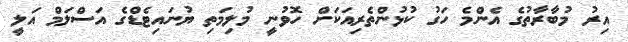
އިރު މުބާރާތުގެ އެންމެ ހަގު ކުޅުންތެރިއަކަށް ހޮވުނީ މުލިމަތި ޔުނައިޓެޑްގެ އަސްލަމް އަލީ